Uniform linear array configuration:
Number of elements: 8
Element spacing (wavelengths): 1
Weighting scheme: kaiser
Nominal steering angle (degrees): -60
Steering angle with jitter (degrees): -61.252
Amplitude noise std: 0.05
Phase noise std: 0.05

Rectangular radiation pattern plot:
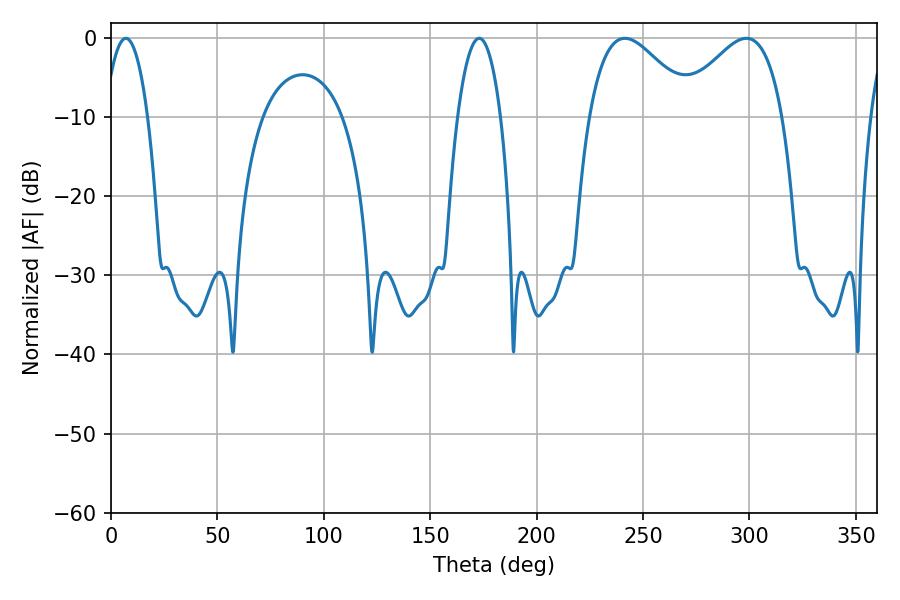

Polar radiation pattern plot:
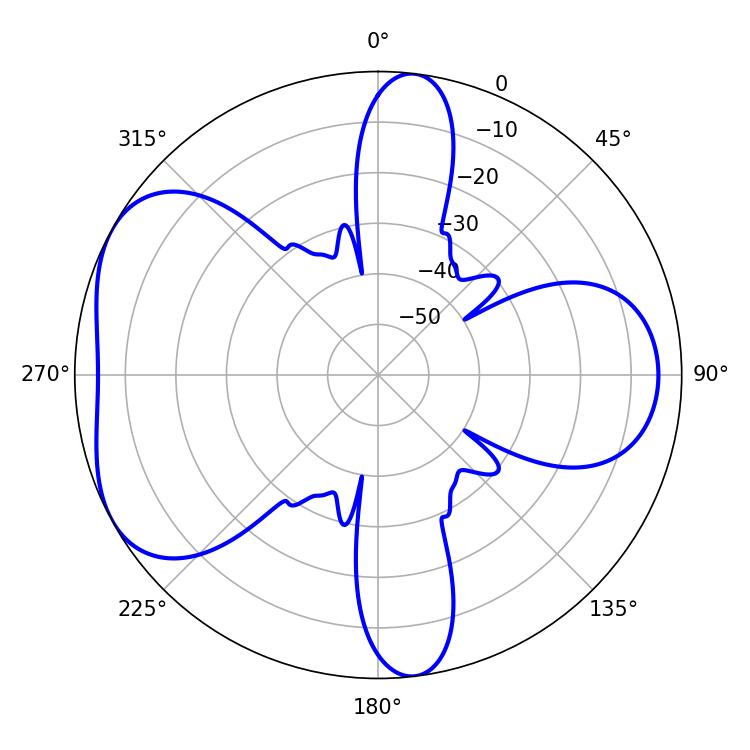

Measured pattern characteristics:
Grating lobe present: TRUE
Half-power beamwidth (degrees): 26.46
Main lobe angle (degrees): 241.38